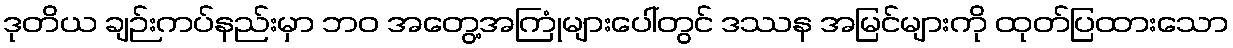
ဒုတိယ ချဉ်းကပ်နည်းမှာ ဘဝ အတွေ့အကြုံများပေါ်တွင် ဒဿန အမြင်များကို ထုတ်ပြထားသော